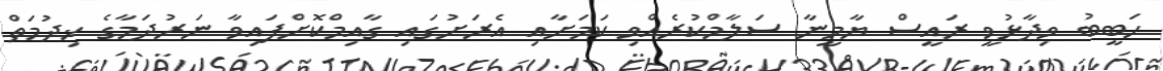
ހަބީބު ވިދާޅުވީ ރައީސް ޔާމީނާ ސަލާމްކުރެއްވި ކަމަށާއި އެރަށުގައި ގާއިމްކޮށްފައިވާ ނަރުދަމާގެ ޚިދުމަތް